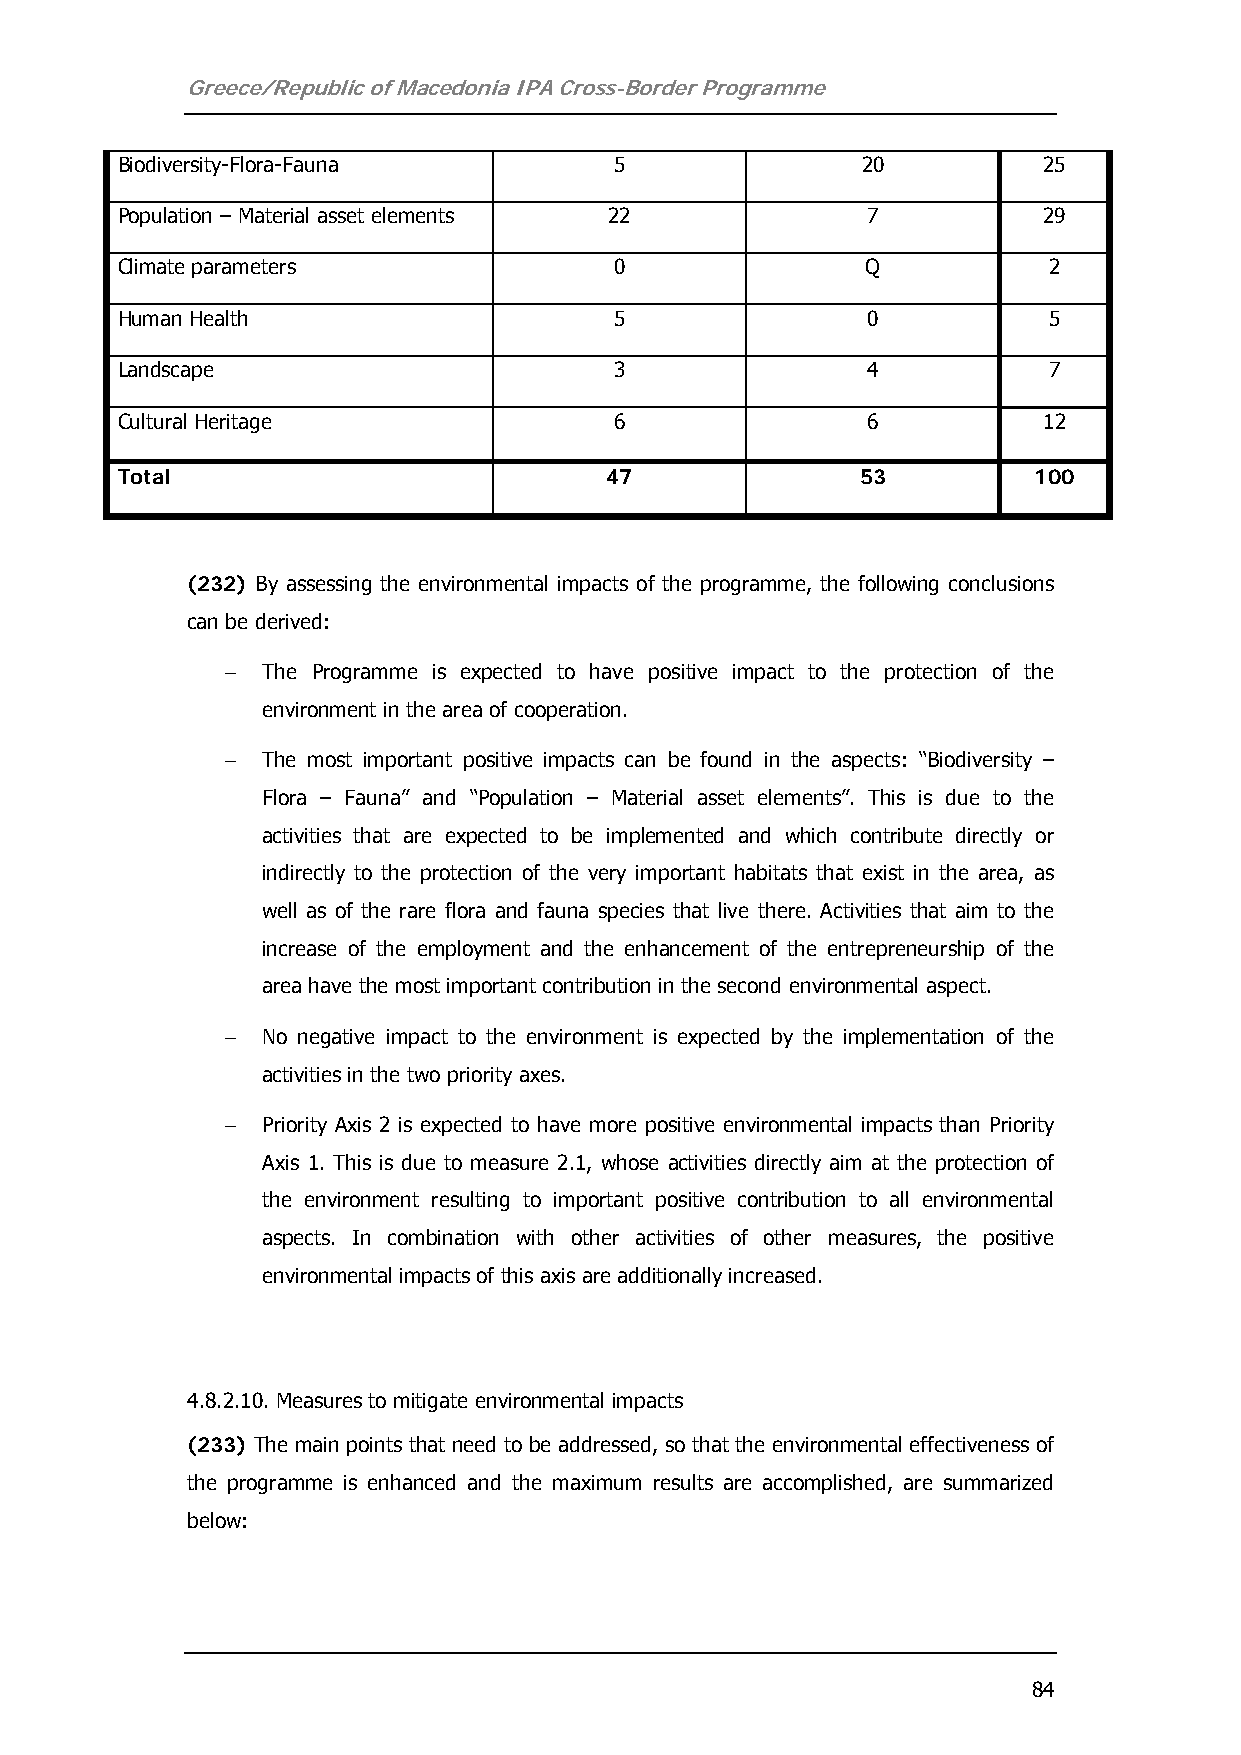
Greece/Republic of Macedonia IPA Cross-Border Programme
 Biodiversity-Flora-Fauna         5               20          25
 Population – Material asset elements 22          7           29
 Climate parameters               0               Q           2
 Human Health                     5               0           5
 Landscape                        3               4           7
 Cultural Heritage                6               6           12
 Total                           47               53         100
 (232) By assessing the environmental impacts of the programme, the following conclusions
 can be derived:
 − The Programme is expected to have positive impact to the protection of the
 environment in the area of cooperation.
 − The most important positive impacts can be found in the aspects: “Biodiversity –
 Flora – Fauna” and “Population – Material asset elements”. This is due to the
 activities that are expected to be implemented and which contribute directly or
 indirectly to the protection of the very important habitats that exist in the area, as
 well as of the rare flora and fauna species that live there. Activities that aim to the
 increase of the employment and the enhancement of the entrepreneurship of the
 area have the most important contribution in the second environmental aspect.
 − No negative impact to the environment is expected by the implementation of the
 activities in the two priority axes.
 − Priority Axis 2 is expected to have more positive environmental impacts than Priority
 Axis 1. This is due to measure 2.1, whose activities directly aim at the protection of
 the environment resulting to important positive contribution to all environmental
 aspects. In combination with other activities of other measures, the positive
 environmental impacts of this axis are additionally increased.
 4.8.2.10. Measures to mitigate environmental impacts
 (233) The main points that need to be addressed, so that the environmental effectiveness of
 the programme is enhanced and the maximum results are accomplished, are summarized
 below:
 84